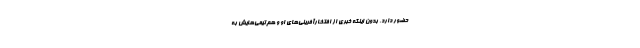
حضور دارد، بدون اینکه خبری از افتخارآفرینی‌های او و هم‌تیمی‌هایش به